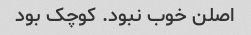
اصلن خوب نبود. کوچک بود